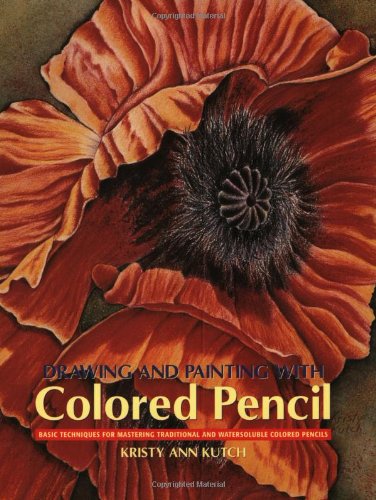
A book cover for Drawing and Painting with Colored Pencil: Basic Techniques for Mastering Traditional and Watersoluble Colored Pencils; Kristy Kutch; Arts & Photography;